King Institute of Preventive Medicine Micro-Biological Section reports 1912-19
Year: 1912
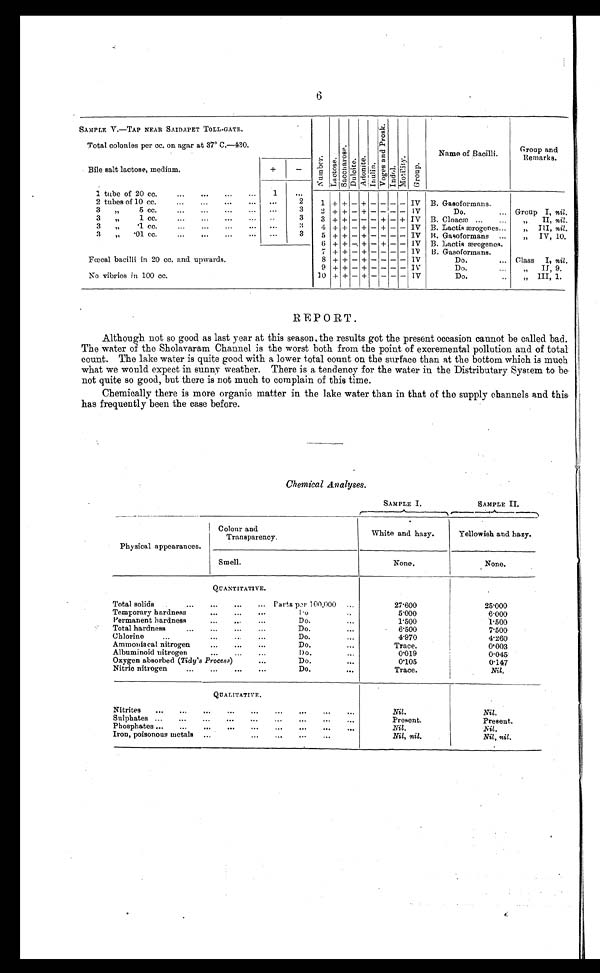
SAMPLE I.
SAMPLE II.
6
SAMPLE V.—TAP NEAR SAIDAPET TOLL-GATE.
Total colonies per cc. on agar at 37° C—430.
Number .
La c t os e .
Sa c c ha r os e .
Dul oi t e.
A d o n i t e .
I nul i n.
Vo g a s a n d Pr o s k .
Indol.
Mot i l i t y.
Gr o u p .
Na me o f Ba c i l l i .
Group and
Remarks.
Bile salt lactose, medium.
+
-
1. tube of 20 cc.
1
..
2 tubes of 10 cc.
. . .
2
1 + + - + - - - - IV B. Gasoformans.
3
"
5 cc.
. . .
3
2 + + - + - - - -
IV
Do.
Group I, nil.
3
"
1 cc
...
3
3 + + - - - + - + IV B. Cloacæ
" I I ,
n i l .
3
„
.1 cc.
...
3
4 + + - + - + - - IV B. Lactis ærogenes
„ IlI, nil.
3
"
.01 cc.
. . .
3
5 + + - + - - - - IV B. Gasoformans
„
IV, 10.
Fœcal bacilli in 20 cc. and upwards.
No vibrios in 100 cc.
6 + + - + - + - - IV B. Lactis ærogenes..
7 + + - + - - - - IV B. Gasoformans.
8 + + - + - - - - IV
Do.
Class I, nil.
9 + + - + - - - - IV
Do.
„
II, 9.
10 + + - + - - - -
IV
Do.
„ III, 1.
REPORT.
Although not so good. as last year at this season, the results got the present occasion cannot be called bad
The water of the Sholavaram Channel is the worst both from the point of excremental pollution and of tot
count. The lake water is quite good with a lower total count on the surface than at the bottom which is much
what we would expect in sunny weather. There is a tendency for the water in the Distributary System to b
not quite so good, but there is not much to complain of this time.
Chemically there is more organic matter in the lake water than in that of the supply channels and thi
has frequently been the case before.
Chemical Analyses.
Physical appearances.
Colour and
Transparency.
White and hazy.
Yellowish and hazy.
Smell.
None.
None.
QUANTITATIVE.
.
Total solids
Parts per 100,000
2 7 . 6 0 0
25.000
Temporary hardness
Do.
5.000
6.000
Permanent hardness
Do.
1.500
1.500
Total hardness
Do.
6.500
7.500
Chlorine
Do.
4.970
4.260
Ammoniacal nitrogen
Do.
Trace.
0.003
Albuminoid nitrogen
Do.
0.019
0.045
Oxygen absorbed (Tidy's Process)
Do.
0.105
0.147
Nitric nitrogen
Do.
Trace.
Nil.
QUALITATIVE.
Nitrites
Nil.
Nil.
Sulphates
Present.
Present..
Phosphates
Nil.
Nil.
Iron, poisonous metals
Nil, nil.
Nil, nil.